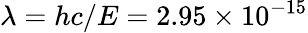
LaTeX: \lambda=hc/E=2.95\times 10^{-15}